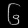
Digit: ၆